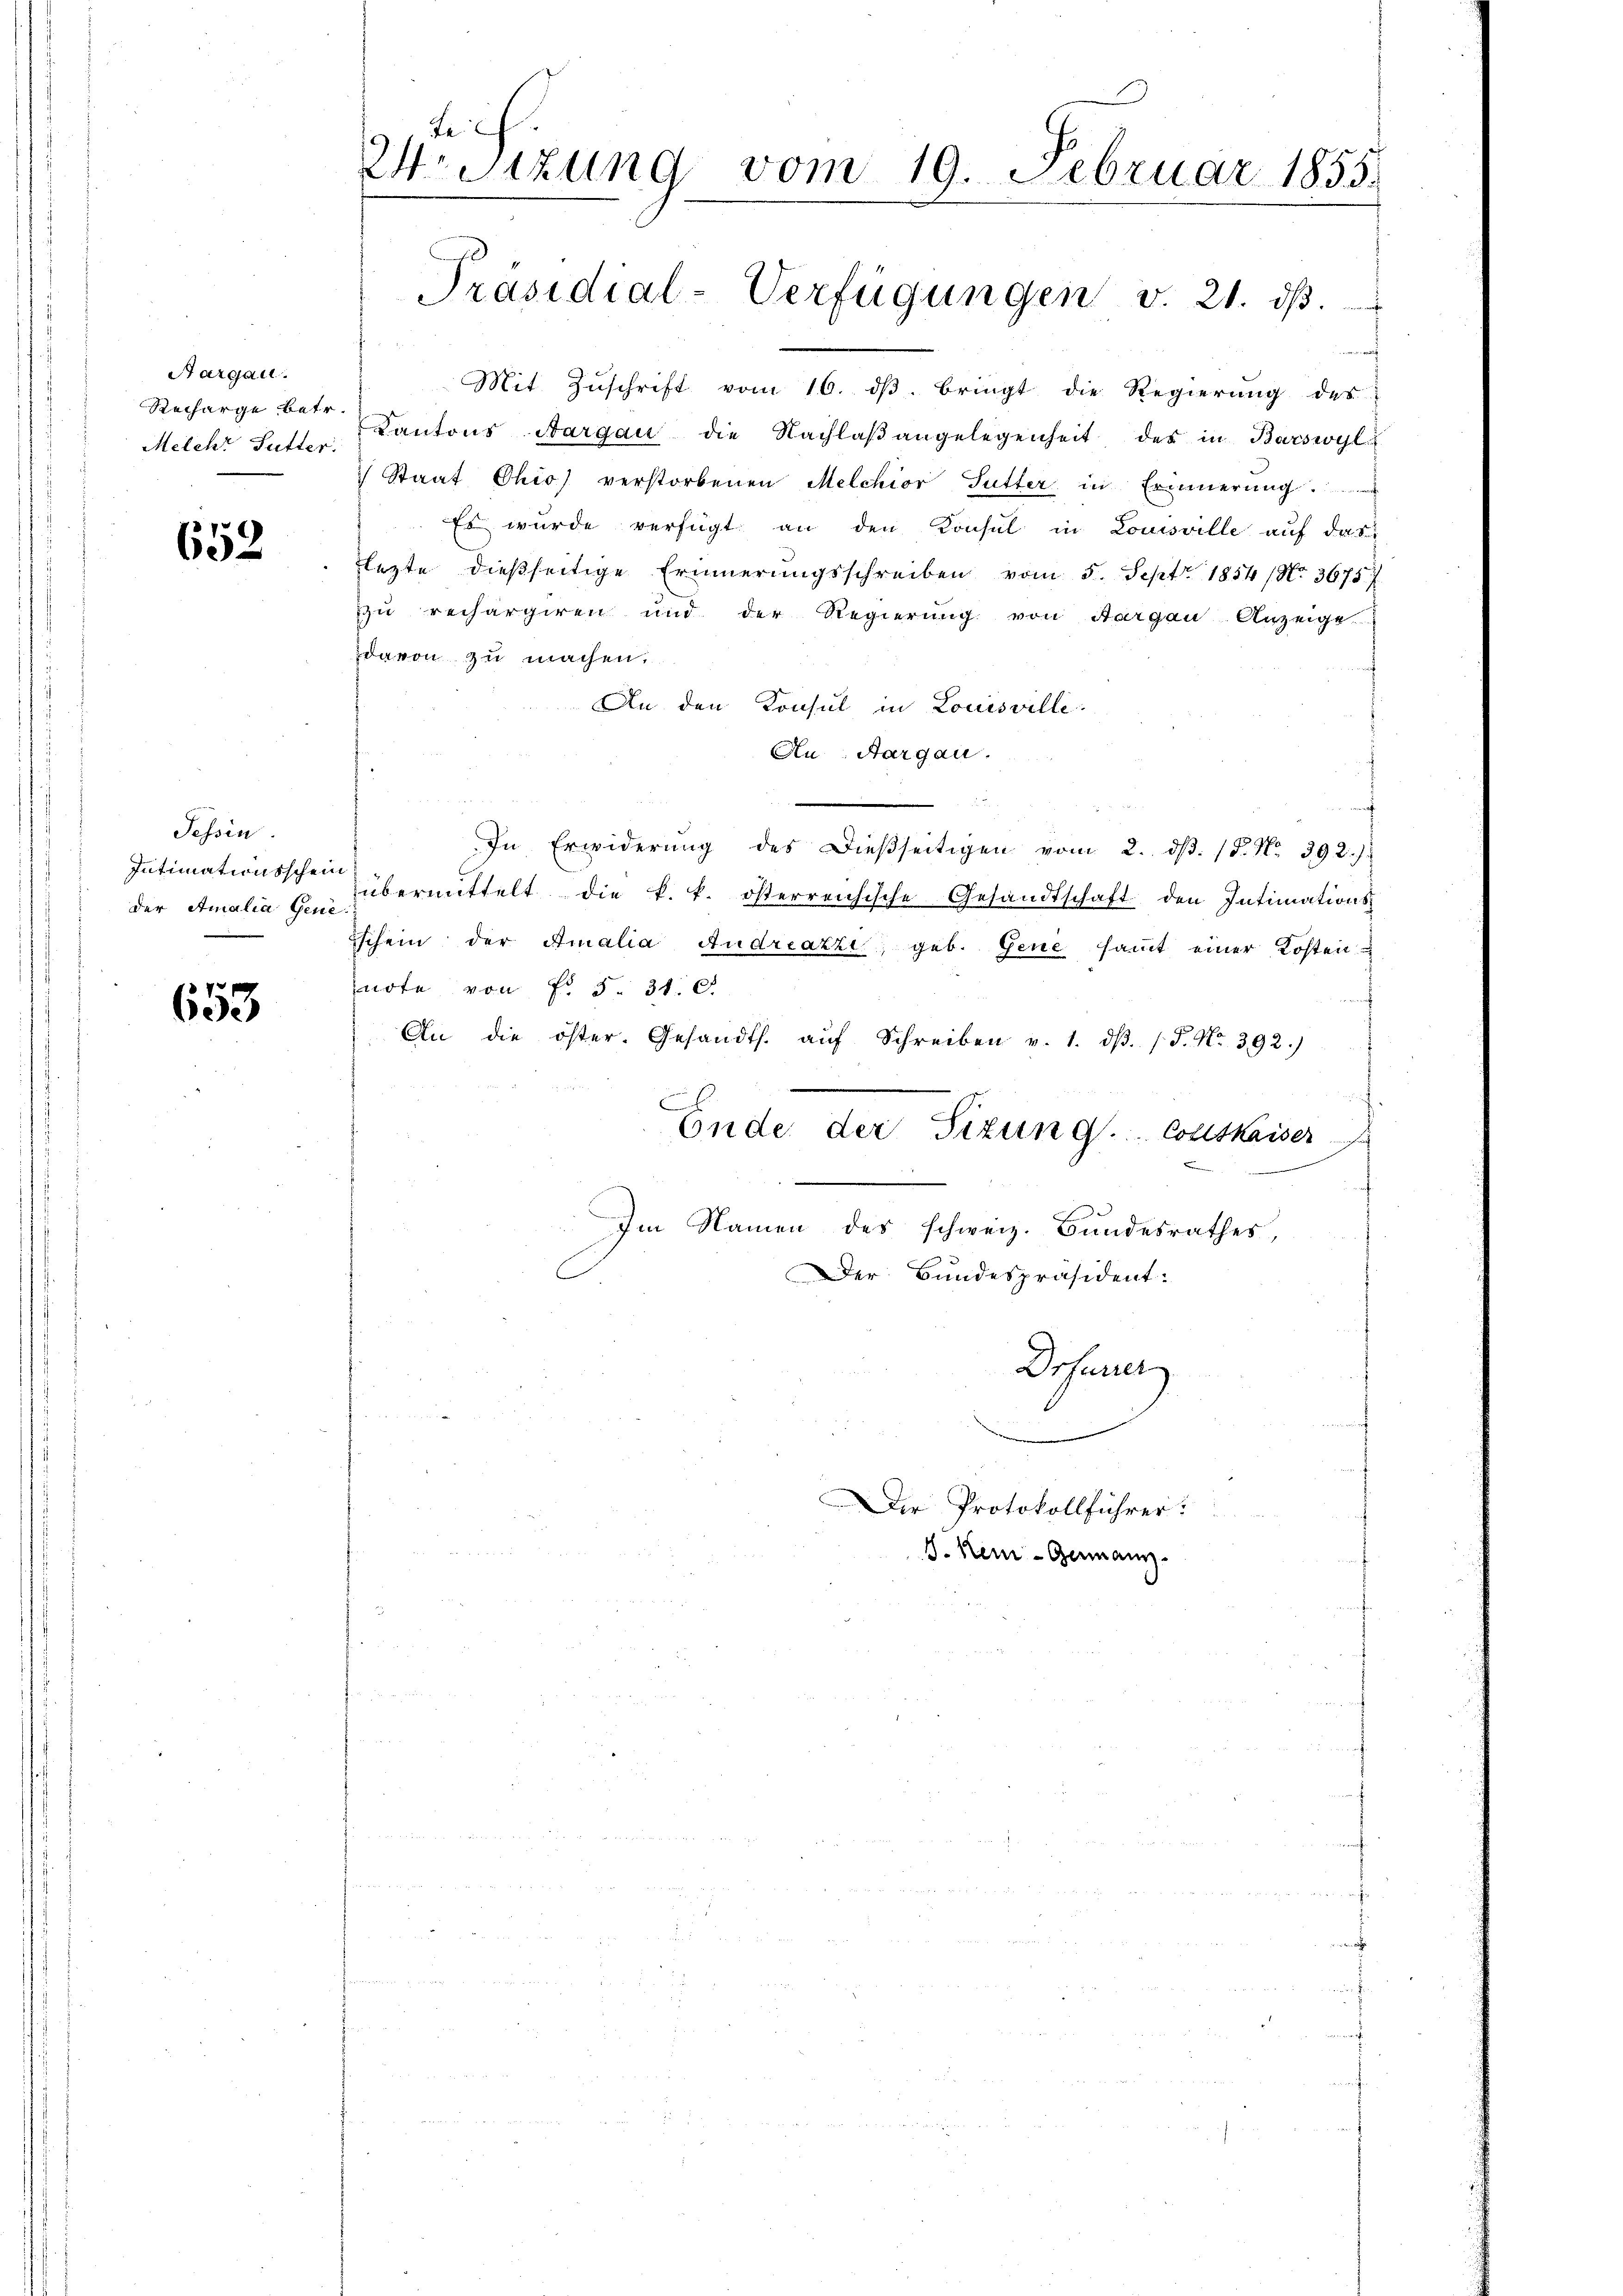
Aargau.
Melche Futter.

652

Tessin
Intimationsschein

653

Ersitzung vom 19. Februar 1855.

nach
Mit Zŭschrift vom 16. dβ. bringt die Regierung des
Recharge betr. Kantons Aargau die Nachlaβ angelegenheit des in Barswyl
Staat Chio) verstorbenen Melchior Futter in Erinnerung.
Es wurde verfügt an den Konsul in Louisville auf das
lezte dießseitige Erinnerungsschreiben vom 5. Sept. 1854 (No. 36757
zu rechargiren und der Regierung von Aargau-Anzeige
davon zu machen.
An den Konsul in Louisville.
Au, Aargau.
In Erwiderŭng des Dießseitigen vom 2. dβ. 18. No. 392.).
der Amalia u übermittelt die k. k. österreichische Gesandtschaft den Intimations-
sschein der Amalia Andreazzi, geb. Gene samt einer Kosten
note von Fr. 5. 31. d.
An die öster. Gesandts. aŭf Schreiben v. 1. dβ. (S. Nr. 392.)
Ende der Sizung. Collskaiser
Im Namen des schweiz. Bundesrathes,
Der Bundespräsident:
Drfarrer

Präsidial-Verfügungen v. 21. dβ.

Der Protokollführer:
d. Kein - Gemanz.